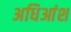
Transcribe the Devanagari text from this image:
अधिआंश